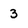
Character: 3